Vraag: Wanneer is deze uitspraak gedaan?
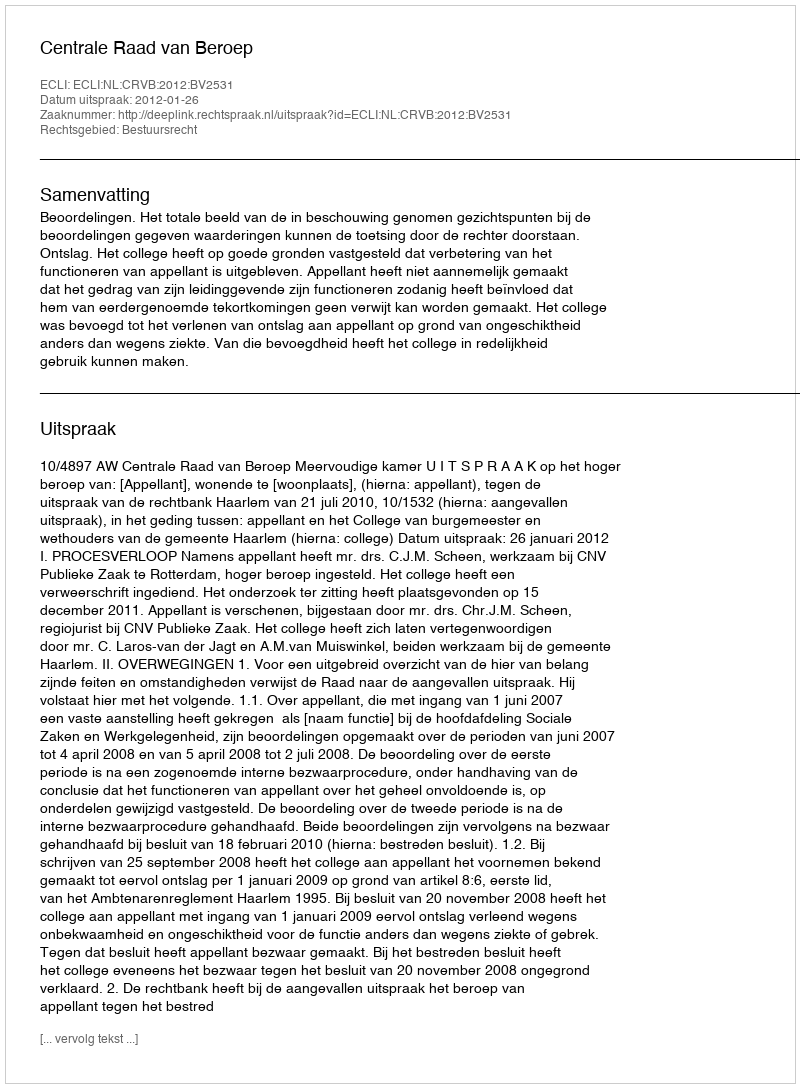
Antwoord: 2012-01-26